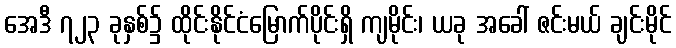
အေဒီ ၇၂၃ ခုနှစ်၌ ထိုင်းနိုင်ငံမြောက်ပိုင်းရှိ ကျမိုင်း၊ ယခု အခေါ် ဇင်းမယ် ချင်းမိုင်